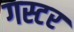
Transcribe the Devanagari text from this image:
गस्टर